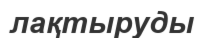
лақтыруды